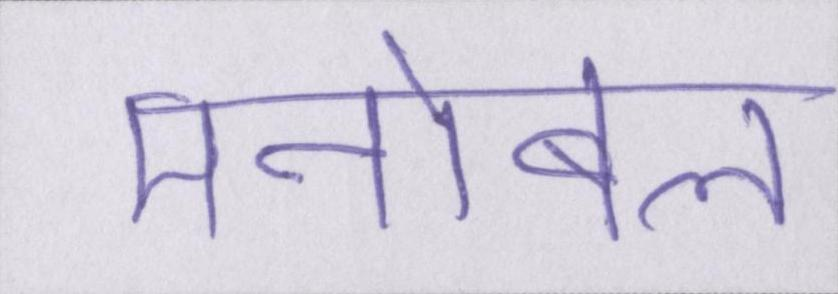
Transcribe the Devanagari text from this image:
मनोबल